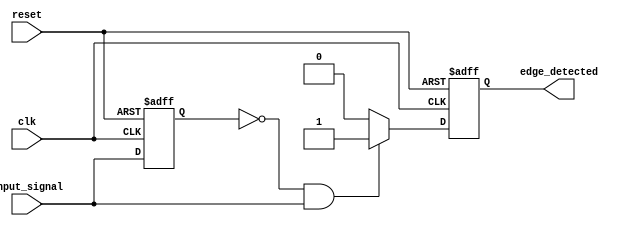
module rising_edge_detector (
    input wire clk,             // Clock signal
    input wire reset,           // Asynchronous reset signal
    input wire input_signal,     // Input signal to detect rising edge
    output reg edge_detected     // Output signal indicating rising edge detection
);

    reg previous_signal; // Register to store the previous state of input_signal

    // Process for detecting rising edge
    always @(posedge clk or posedge reset) begin
        if (reset) begin
            previous_signal <= 1'b0;  // Reset previous signal to 0
            edge_detected <= 1'b0;     // Reset output to 0
        end else begin
            // Edge detection logic
            if (previous_signal == 1'b0 && input_signal == 1'b1) begin
                edge_detected <= 1'b1; // Rising edge detected
            end else begin
                edge_detected <= 1'b0; // No rising edge detected
            end

            // Update previous signal to the current input signal
            previous_signal <= input_signal;
        end
    end

endmodule